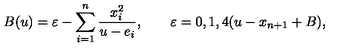
B ( u ) = \varepsilon - \sum _ { i = 1 } ^ { n } { \frac { x _ { i } ^ { 2 } } { u - e _ { i } } } , \qquad \varepsilon = 0 , 1 , 4 ( u - x _ { n + 1 } + B ) ,